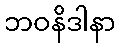
ဘဝနိဒါနာ